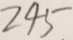
2 4 5